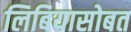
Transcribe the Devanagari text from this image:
लिबियासोबत